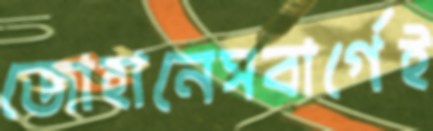
জোহানেসবার্গেই